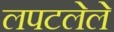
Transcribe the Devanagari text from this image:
लपटलेले